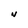
Character: N